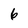
Character: 6